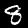
Digit: 8